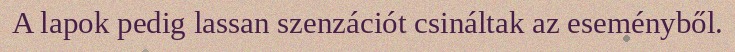
A lapok pedig lassan szenzációt csináltak az eseményből.